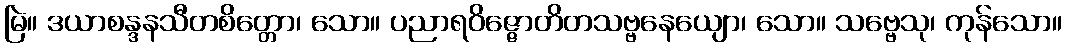
မြဲ။ ဒယာစန္ဒနသီတစိတ္တော၊ သော။ ပညာရဝိဇ္ဇောတိတသဗ္ဗနေယျော၊ သော။ သဗ္ဗေသု၊ ကုန်သော။